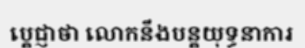
ប្តេជ្ញាថា លោកនឹងបន្តយុទ្ធនាការ